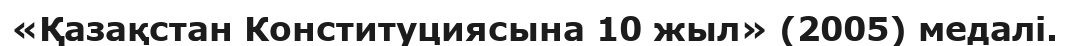
«Қазақстан Конституциясына 10 жыл» (2005) медалі.